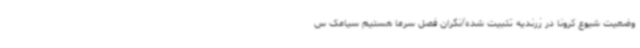
وضعیت شیوع کرونا در زرندیه تثبیت شده/نگران فصل سرما هستیم سیامک س